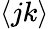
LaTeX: \langle jk\rangle